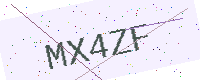
Text: MX4ZF